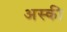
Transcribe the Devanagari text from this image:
अस्की